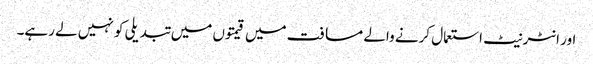
اور انٹرنیٹ استعمال کرنے والے مسافت میں قیمتوں میں تبدیلی کو نہیں لے رہے۔